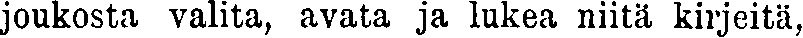
joukosta valita, avata ja lukea niitä kirjeitä,